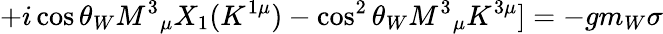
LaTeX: +i\cos\theta_{W}M^{3}{}_{\mu}X_{1}(K^{1\mu})-\cos^{2}\theta_{W}M^{3}{}_{\mu}K^{3\mu}]=-gm_{W}\sigma